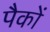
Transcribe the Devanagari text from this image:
पैकों